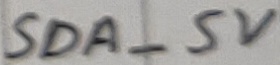
Text: SDA_5V